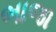
ભાજા